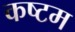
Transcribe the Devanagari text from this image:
कष्टम